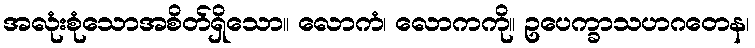
အလုံးစုံသောအစိတ်ရှိသော။ လောကံ၊ လောကကို။ ဥပေက္ခာသဟဂတေန၊